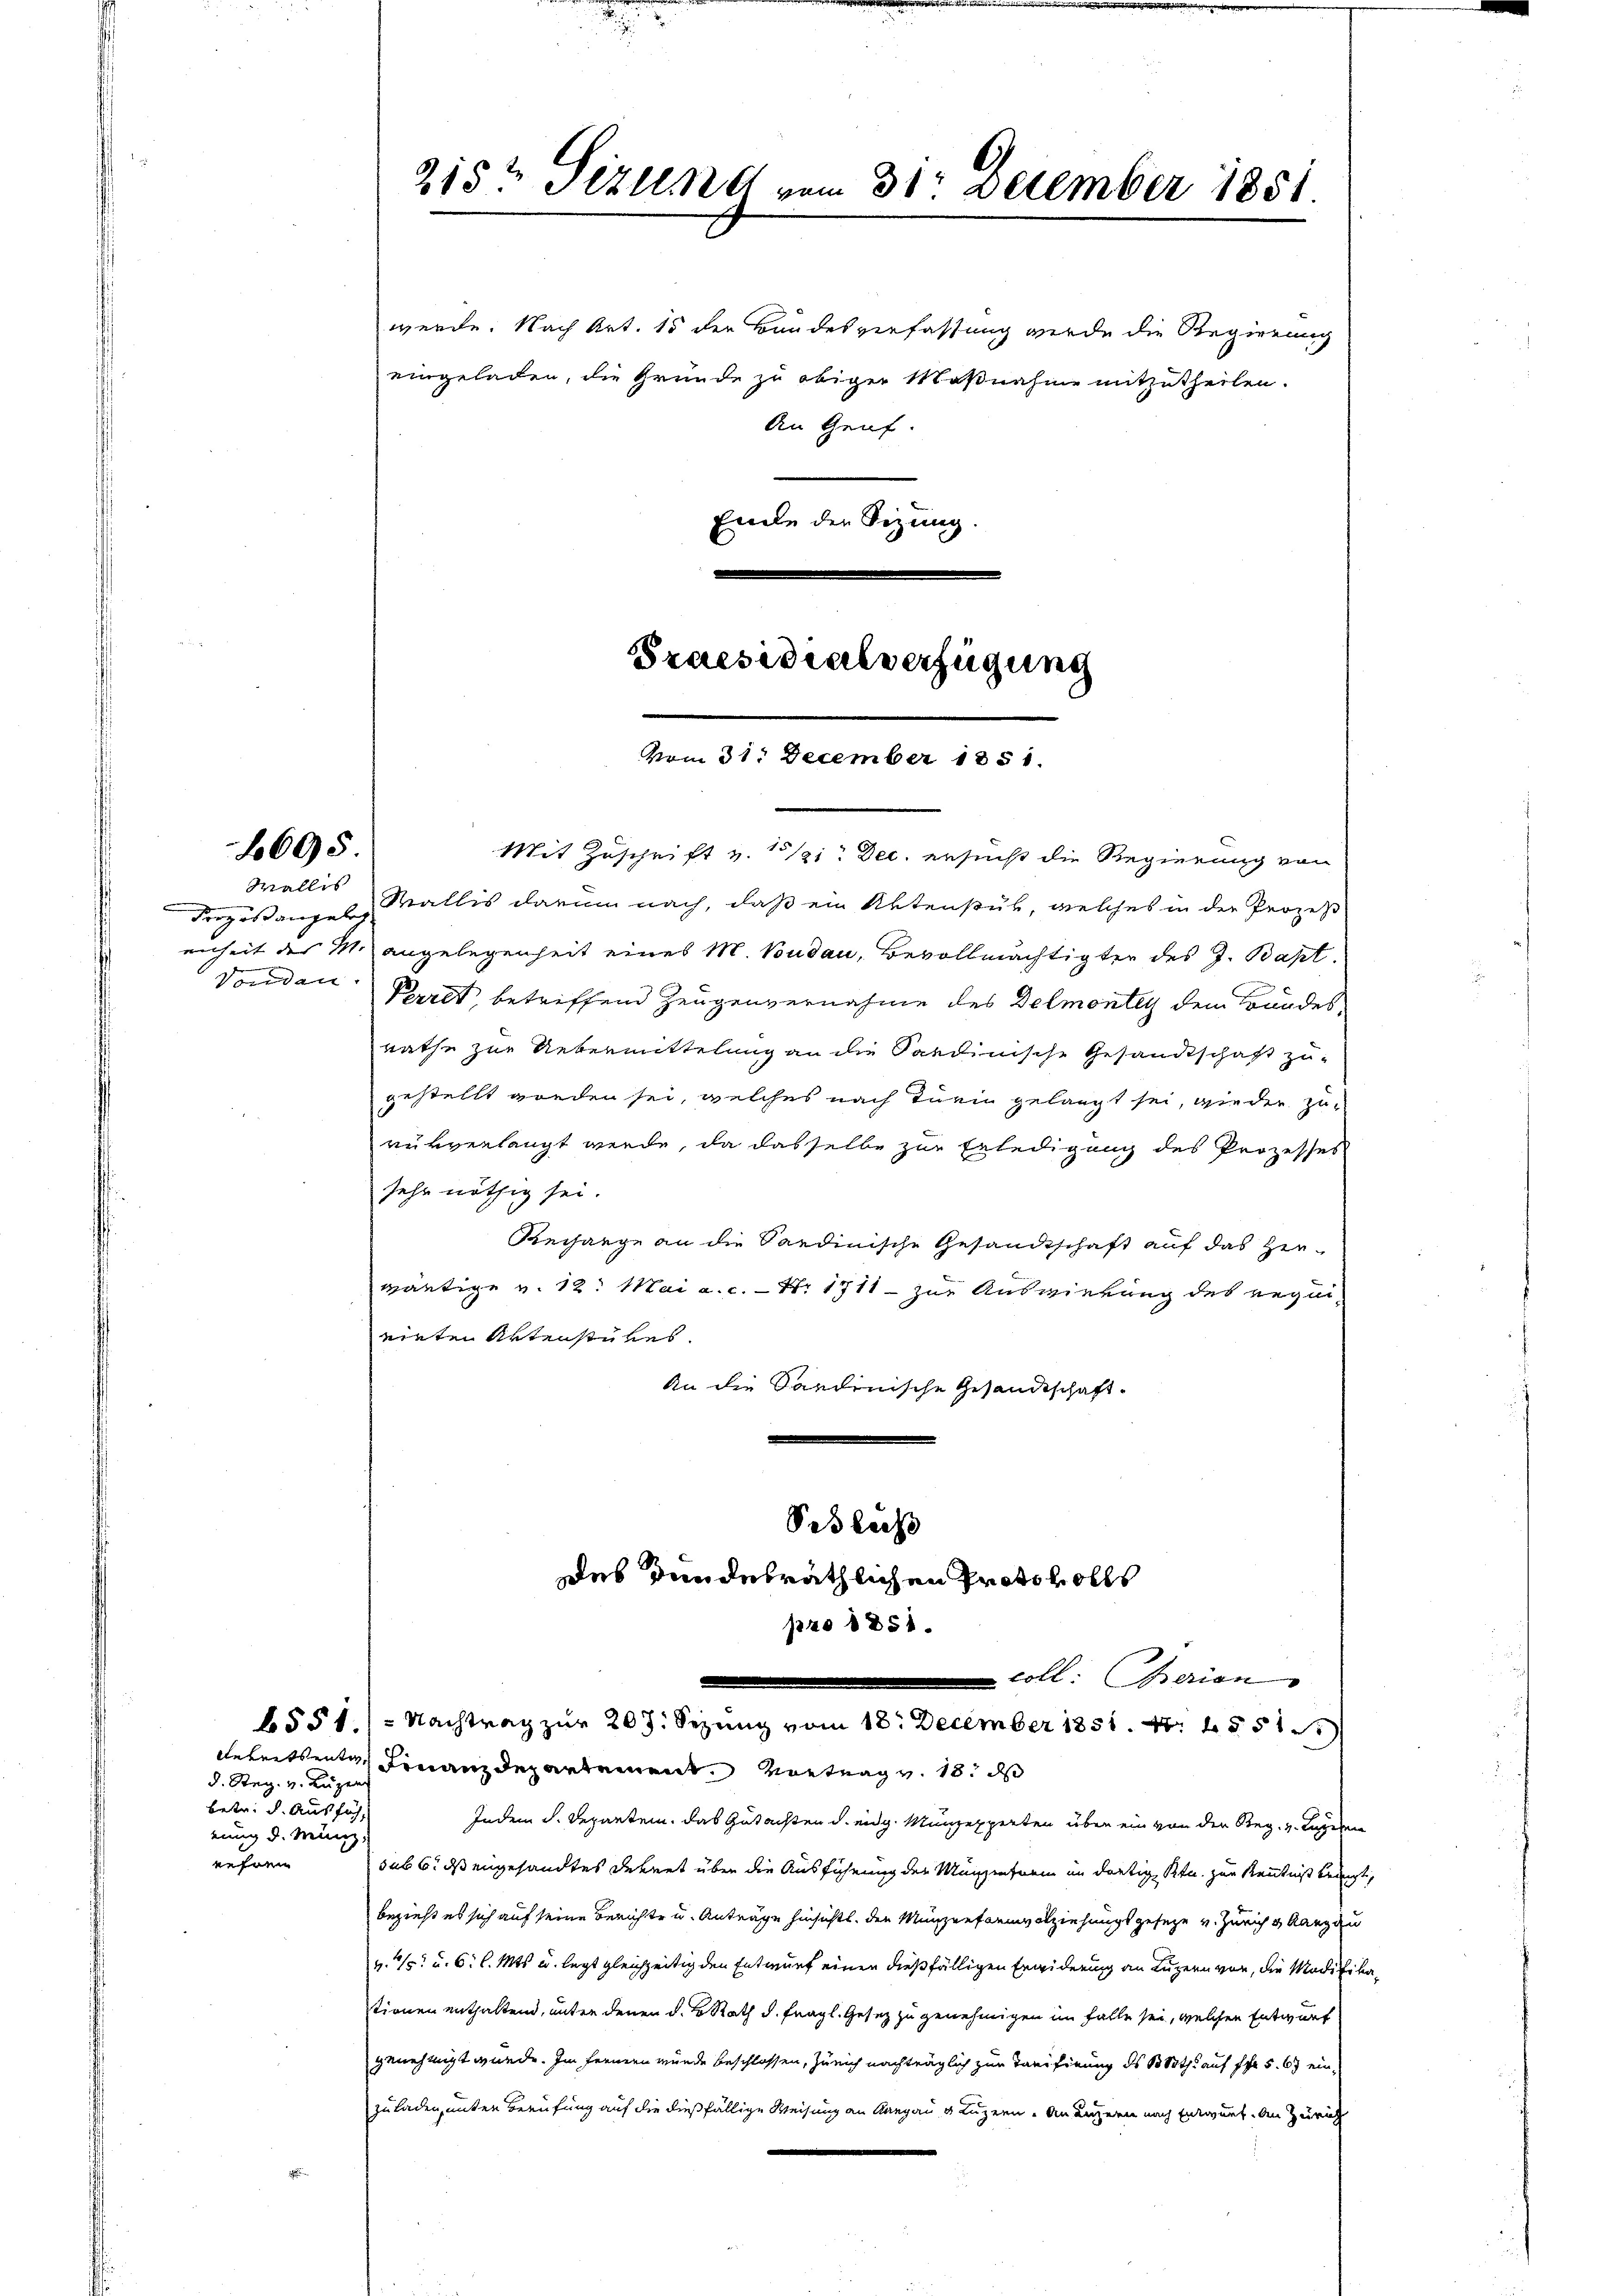
1695.

Wallis
Pergoßangeleg
Vondan

d. Reg. v. Luzer
betr. d. Ausfüh
nung d. Mein
rehren

2153 Sizung vo

werde. Nach Art. 15 der Bundesverfassung werde die Regierung
Ende der Sitzung.

eingeladen, die Gründe zu obiger Maßnahme mitzutheilen.
An Genf.

Praesidialverfügung
vom 31. December 1851.

im 31. December 1851

Mit Zuschrift v. 121. Dec. ersucht die Regierung von
Wallis darum nach, daß ein Aktenstub, welches in der Prozeß
enheit des M. angelegenheit eines M. Budau, Bevollmächtigter des J. Bapt
Perret, betriffend Zeugenvernahme des Delmontey dem Bundesrathe zur Uebermittelung an die Sardinische Gesandtschaft zugestellt worden sei, welches nach Turin gelangt sei, wieder zu
rükverlangt werde, da dasselbe zur Erledigung des Prozesses
sehr nöthig sei.
Rechange an die Sandinische Gesandtschaft auf das Hinwärtige v. 12. Mai a. c. - Nr. 1711 - zur Auswirkung des requi-
einten Aktenstükes.
An die Sardinische Gesandtschaft
Sislich
deb rundesräthlichen Protokolls
pro 1851.
coll. berien |
6551.) Nachtrag zur 207. Sezung vom 18. December 1851. 47. 4551
Arbeitsente Finanzdepartement. Vortrag v. 18. ds
Indem d. Departen. Das Gutachten d. eidg. Münzexperten über ein von den Reg. v. Landen
sub 6. ds engesandtes Dekret über die Ausführung der Münzenterm im dortig Btu. zur Kenntniß bereicht,
bezieht es sich auf seine Berichte u. Anträge hinsichts. den Münzenformvolziehungsgeseze u. Zürich & Rang au
v. 75 u. 6. l. Mts. u. legt gleichzeitig den Entwurf einen dießfälligen Erwiderung an Luzern vor, die Modifikationen enthaltend, unter denen d. Rath d. fragl. Gesez zu genehmigen im Falle sei, welchen Entwurf
genehmigt wurde. Im fernern würde beschlossen, Zürich nachträglich zur Tarifirung des 13 Noth auf fr 5. 67 ein-
zuladen, unter Berufung auf die dießfällige Weisung an Aargau u. Luzern „An Luzern nach Entwurf. An Zürich